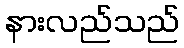
နားလည်သည်